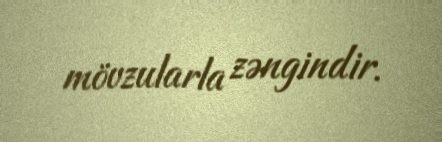
mövzularla zəngindir.